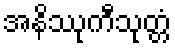
အနိဿုကီသုတ္တံ